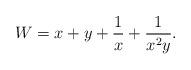
LaTeX: \begin{align*} W= x+y+\frac{1}{x}+\frac{1}{x^2y}.\end{align*}